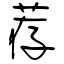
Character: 荐